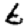
Digit: 6